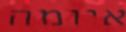
איומה